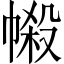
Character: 𢄌